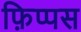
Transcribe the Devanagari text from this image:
फ़िप्पस